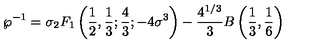
\wp ^ { - 1 } = \sigma { _ { 2 } F _ { 1 } } \left( { \frac { 1 } { 2 } } , { \frac { 1 } { 3 } } ; { \frac { 4 } { 3 } } ; - 4 \sigma ^ { 3 } \right) - { \frac { 4 ^ { 1 / 3 } } { 3 } } B \left( { \frac { 1 } { 3 } } , { \frac { 1 } { 6 } } \right)